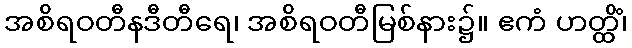
အစိရဝတီနဒီတီရေ၊ အစိရဝတီမြစ်နား၌။ ဧကံ ဟတ္ထိံ၊